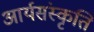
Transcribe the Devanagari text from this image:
आर्यसंस्कृति